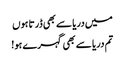
میں دریا سے بھی ڈرتا ہوں
تم دریا سے بھی گہرے ہو!